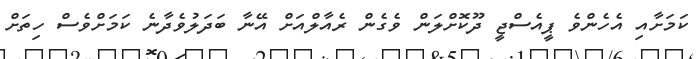
ކަމަށާއި އެހެންވެ ޕީއެސްޖީ ދޫކޮށްލަން ވެގެން ރެއާލްއަށް އޭނާ ބަދަލުވެދާނެ ކަމަށްވެސް ހިތަށް